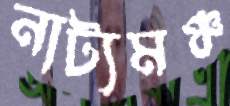
নাট্যমঞ্চ